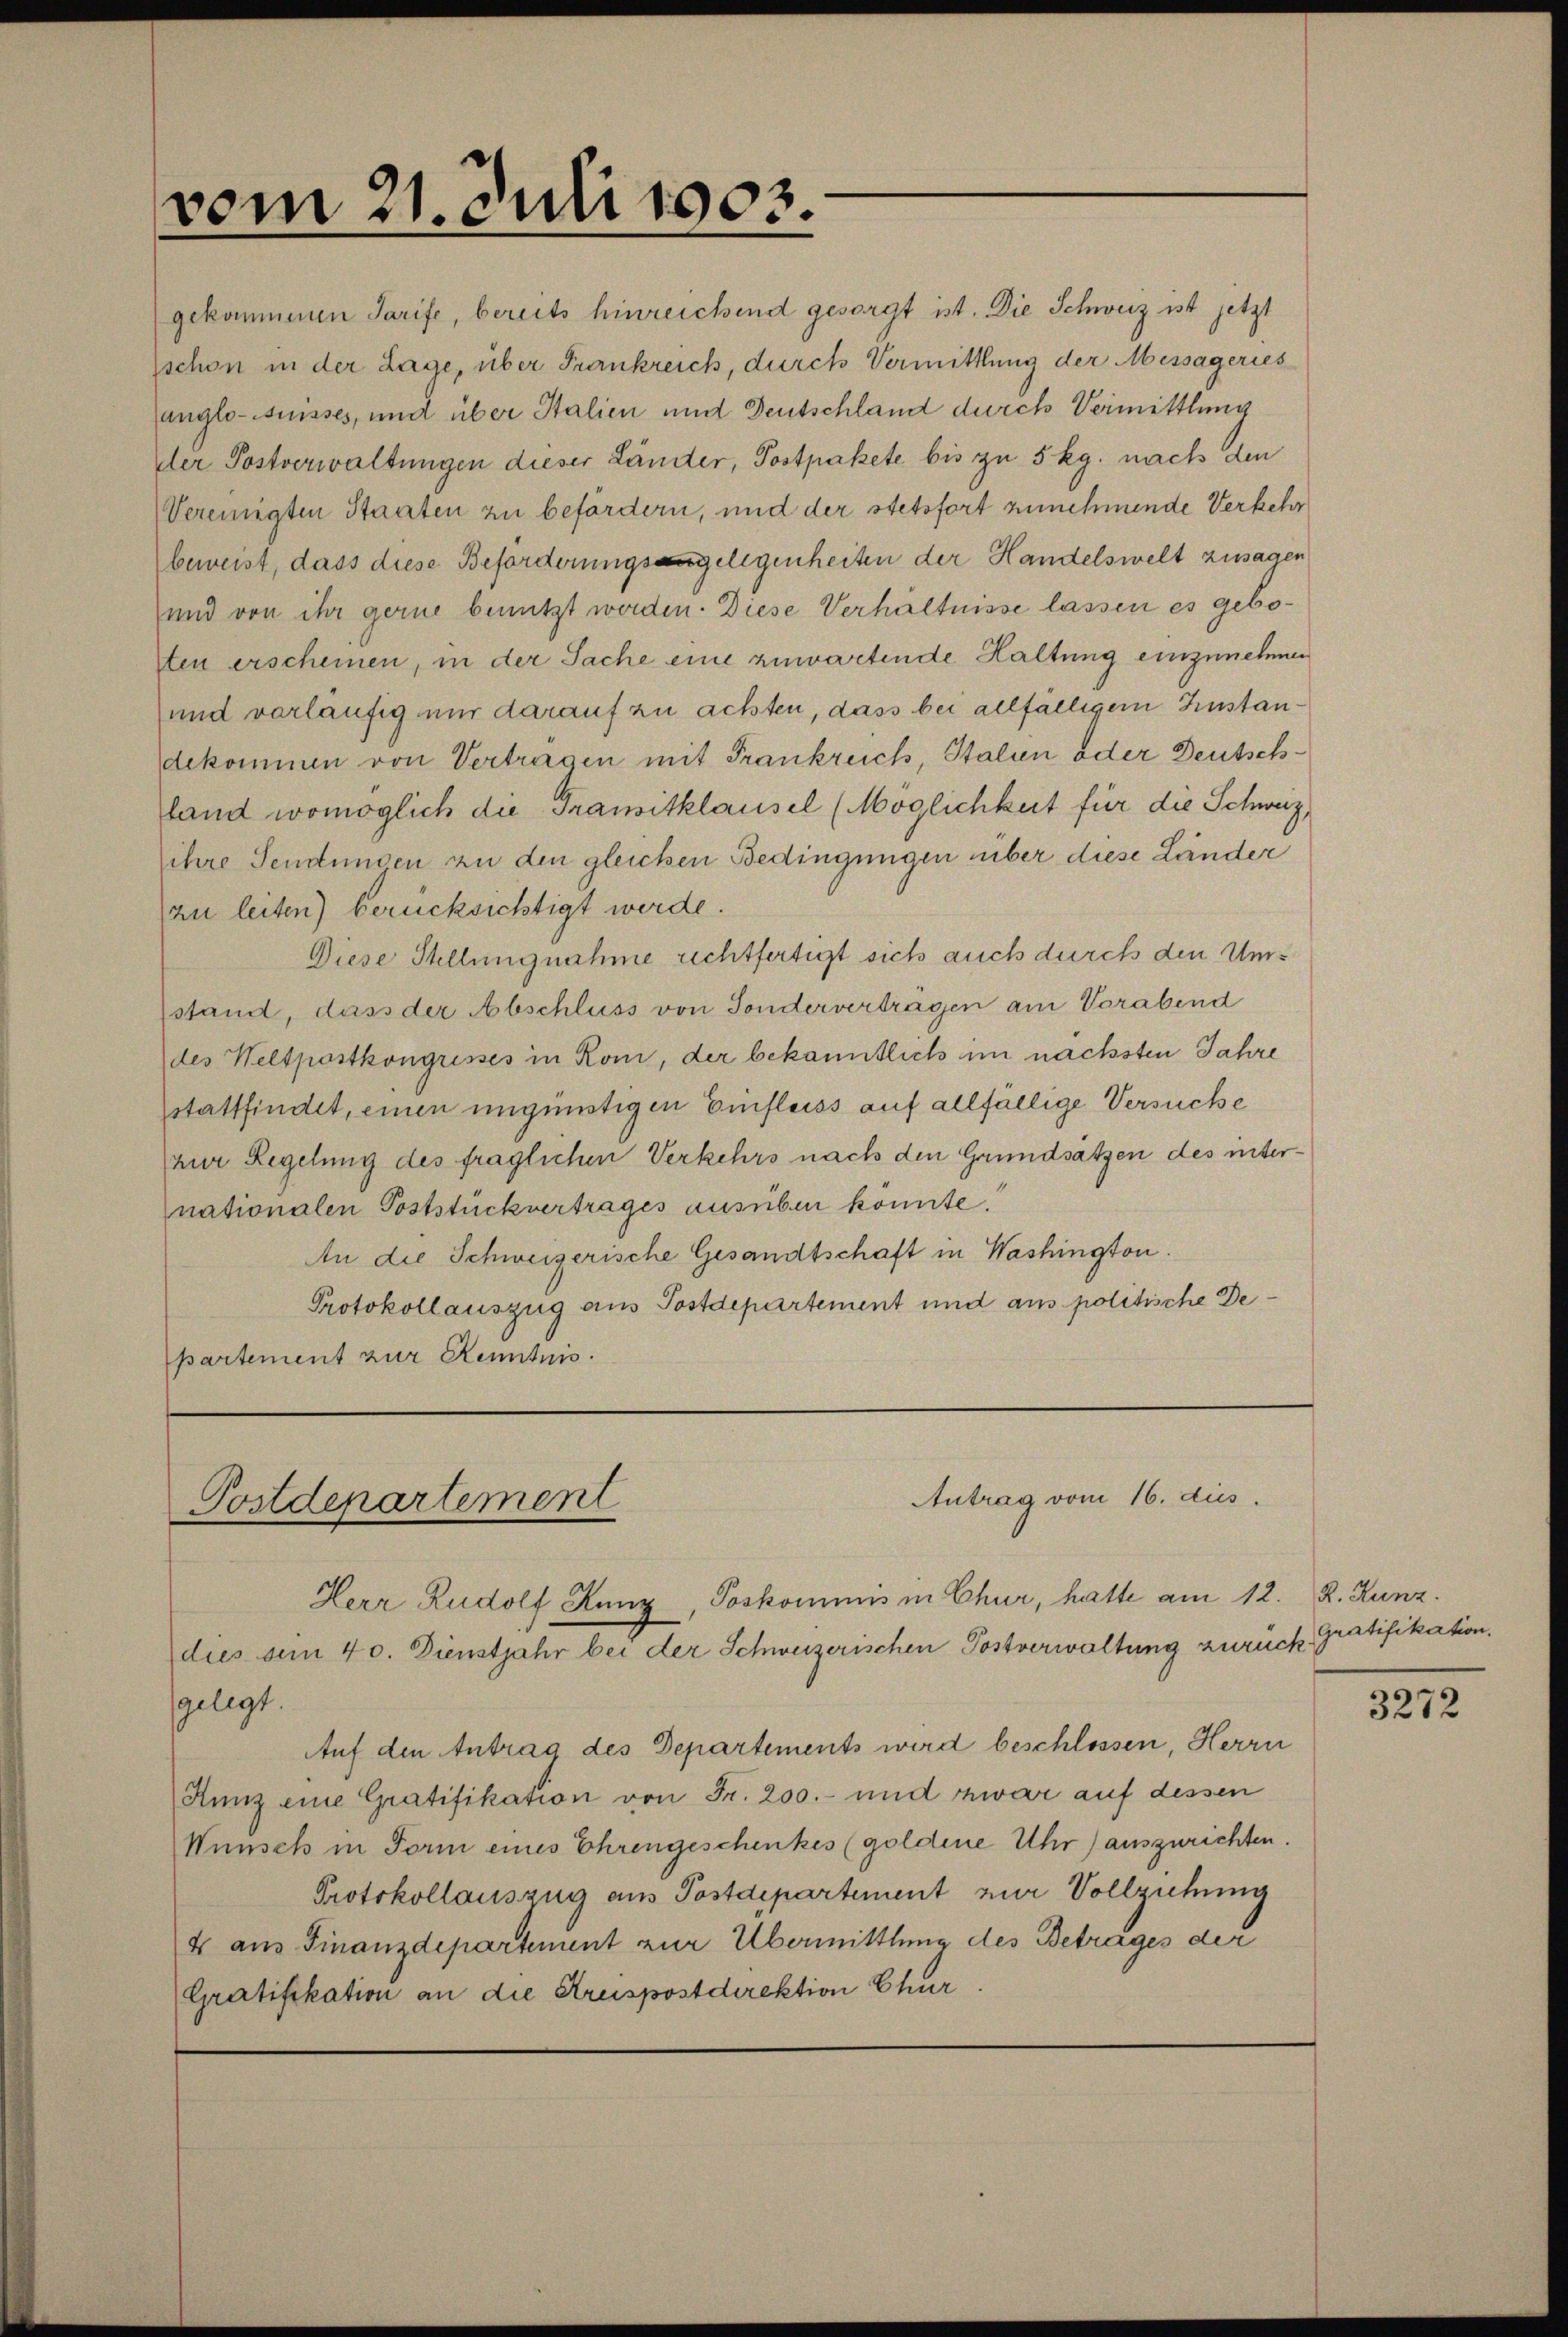
vom 21. Juli 1903.

Antrag vom 16. dus.
Postdenartement
Herr Rudolf Kunz, Poskommis in Chur, hatte am 12. R. Kunz.
dues sein 40. Dienstjahr bei der Schweizerischen Postverwaltung zurück

gekommenen Tarife, bereits hinreichend gesorgt ist. Die Schweiz ist jetzt
schon in der Lage, über Frankreich, durch Vermittlung der Messageries
anglo-suisses, und über Stalien und Deutschland durch Vermittlung
der Postverwaltungen dieser Länder, Postpakete bis zu 5 kg. nach den
Vereinigten Staaten zu befördern, und der stetsfort zunehmende Verkehr
beweist, dass diese Beförderungsangelegenheiten der Handelswelt zusagen
und von ihr gerne benutzt werden. Diese Verhältnisse lassen es geboten erscheinen, in der Sache eine zuwartende Haltung einzunehmen
und vorläufig nur darauf zu achten, dass bei allfälligem Zinstandekommen von Vertragen mit Frankreich, Italien oder Deutschland womöglich die Transitklausel (Möglichkeit für die Schweiz,
ihre Sendungen zu den gleichen Bedingungen über diese Länder
zu leiten) berücksichtigt werde.
Diese Stellungnahme rechtfertigt sich auch durch den Umstand, dass der Abschluss von Sonderverträgen am Vorabend
des Weltpostkongresses in Rom, der bekanntlich im nächsten Jahre
sstattfindet, einen ungünstigen Einfluss auf allfällige Versuche
zur Regelung des fraglichen Verkehrs nach den Grundsätzen des internationalen Poststück vertrages ausüben konnte.
An die Schweizerische Gesandtschaft in Washington.
Protokollauszug aus Postdepartement und aus politische Departement zur Kenntnis.

gelegt.
Auf den Antrag des Departements wird beschlossen, Herrn
Kunz eine Gratifikation von Fr. 200.- und zwar auf dessen
Wünsch in Form eines Ehrengeschenkes (goldene Uhr) auszurichten.
Protokollauszug aus Postdepartement zur Vollziehung
4 aus Finanzdepartement zur Übermittlung des Betrages der
Gratifikation an die Streispostdirektion Chur

Gratifikation.

3272